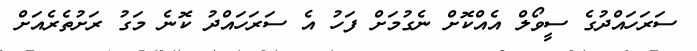
ސަރަހައްދުގެ ސީވޯލް އެއްކޮށް ނެގުމަށް ފަހު އެ ސަރަހައްދު ކޮނެ މަގު ރަށުތެރެއަށް